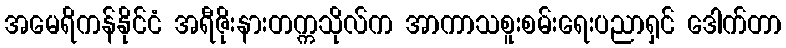
အမေရိကန်နိုင်ငံ အရီဇိုးနားတက္ကသိုလ်က အာကာသစူးစမ်းရေးပညာရှင် ဒေါက်တာ